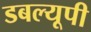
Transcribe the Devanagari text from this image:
डबल्यूपी